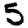
Digit: 5